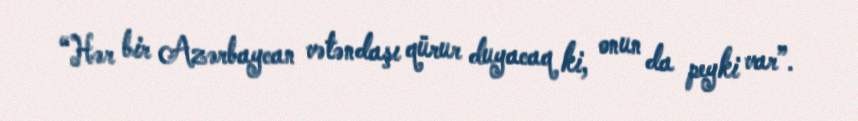
“Hər bir Azərbaycan vətəndaşı qürur duyacaq ki, onun da peyki var”.